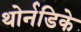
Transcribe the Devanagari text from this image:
थोर्नडिके